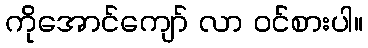
ကိုအောင်ကျော် လာ ဝင်စားပါ။